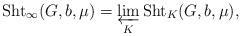
LaTeX: \begin{align*}{\rm Sht}_\infty(G, b, \mu)=\varprojlim_K {\rm Sht}_K(G, b, \mu),\end{align*}